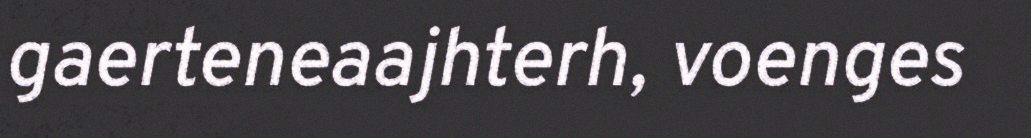
gaerteneaajhterh, voenges